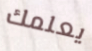
يعلمك